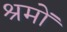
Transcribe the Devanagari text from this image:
श्रमों